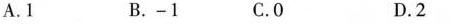
A. 1 B. -1 C. 0 D. 2